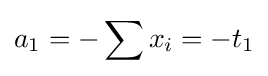
a_{1}=-\sum x_{i}=-t_{1}